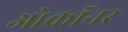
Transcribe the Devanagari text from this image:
ओकॉनर